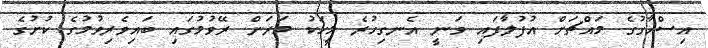
އިސްހާގުގެ މައްޗަށް އުފުލާފައި ވަނީ އެނގިހުރެ މީހަކު މަރަން ރޭވުމުގައި ބައިވެރިވުމުގެ ކުށުގެ